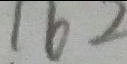
1 6 2